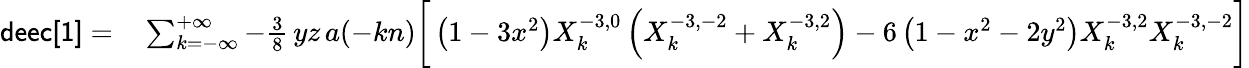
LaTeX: \begin{array}{rl}{{\sf deec[1]}=}&{{}\sum_{k=-\infty}^{+\infty}-\frac 38\, yz\, a(-kn)\bigg[\left(1-3x^{2}\right)X_{k}^{-3,0}\left(X_{k}^{-3,-2}+X_{k}^{-3,2}\right)-6\left(1-x^{2}-2y^{2}\right)X_{k}^{-3,2}X_{k}^{-3,-2}\bigg]}\end{array}